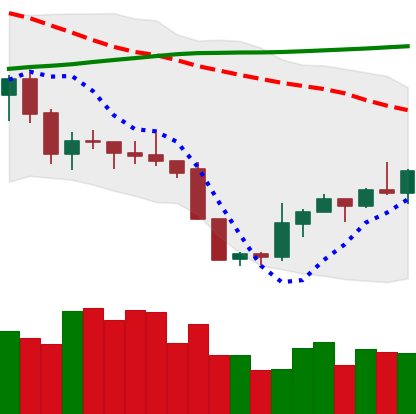
Ticker: XMR-USD
Chart end date: 2019-09-07
Forward return: -4.165%
Label: down_3_5